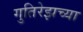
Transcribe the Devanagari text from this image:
गुतिरेझच्या